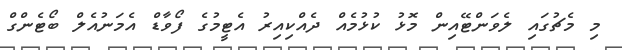
މި މެޗުގައި ލެވަންޓޭއިން މޮޅު ކުޅުމެއް ދެއްކިއިރު އެޓީމުގެ ފޯވާޑް އެމަނުއެލް ބޯޓެންގް